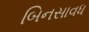
બિનસાવધ